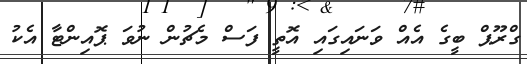
ގްރޫޕް ބީގެ އެއް ވަނައިގައި އޮތީ ފަސް މެޗުން ނުވަ ޕޮއިންޓާ އެކު